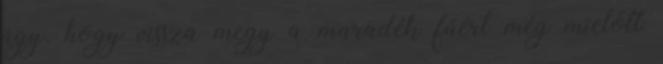
úgy, hogy vissza megy a maradék fáért még mielőtt